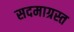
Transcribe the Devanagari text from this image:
सदमाग्रस्त